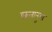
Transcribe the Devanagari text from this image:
छ्त्तानुमा